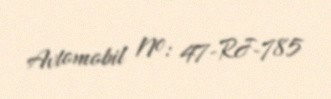
Avtomobil №: 47-RJ-785